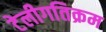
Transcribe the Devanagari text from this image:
टेलीगतिक्रम